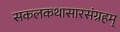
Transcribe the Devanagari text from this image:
सकलकथासारसंग्रहम्